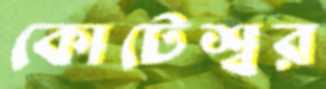
কোটেশ্বর